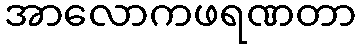
အာလောကဖရဏတာ